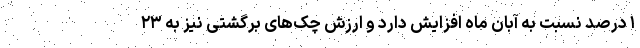
۱ درصد نسبت به آبان ماه افزایش دارد و ارزش چک‌های برگشتی نیز به ۲۳